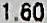
1.60